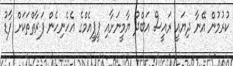
ކުރުމުން އޭނާ ދިޔައީ ރައީސް އަބްދު ޔާމީނަށާއި ޕީޕީއެމްގެ އެހެނިހެން ފަރާތްތަކަށް ފާޑު